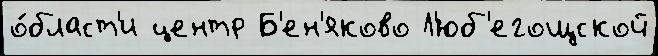
о́бласт'и центр Б'ен'яково Л'юб'егощской